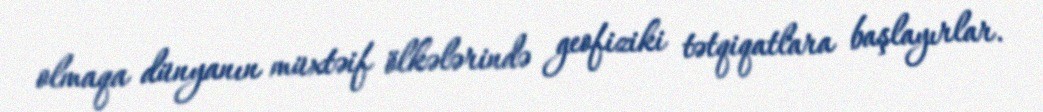
olmaqa dünyanın müxtəif ölkələrində geofiziki tətqiqatlara başlayırlar.